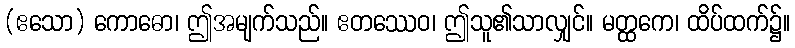
(ဧသော) ကောဓော၊ ဤအမျက်သည်။ ဧတဿေဝ၊ ဤသူ၏သာလျှင်။ မတ္ထကေ၊ ထိပ်ထက်၌။